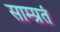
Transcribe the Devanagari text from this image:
साम्प्रतं